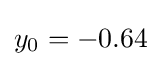
y_{0}=-0.64